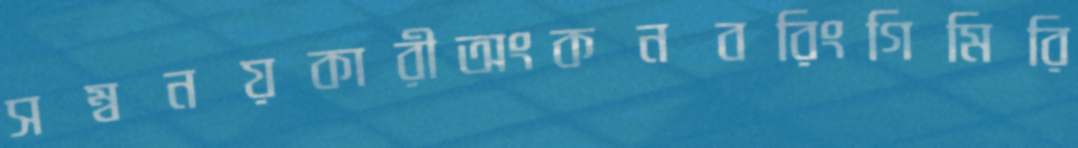
সম্বনয়কারীঅংকনবরিংগিমিরি